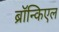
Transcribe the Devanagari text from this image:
ब्रॉन्किएल